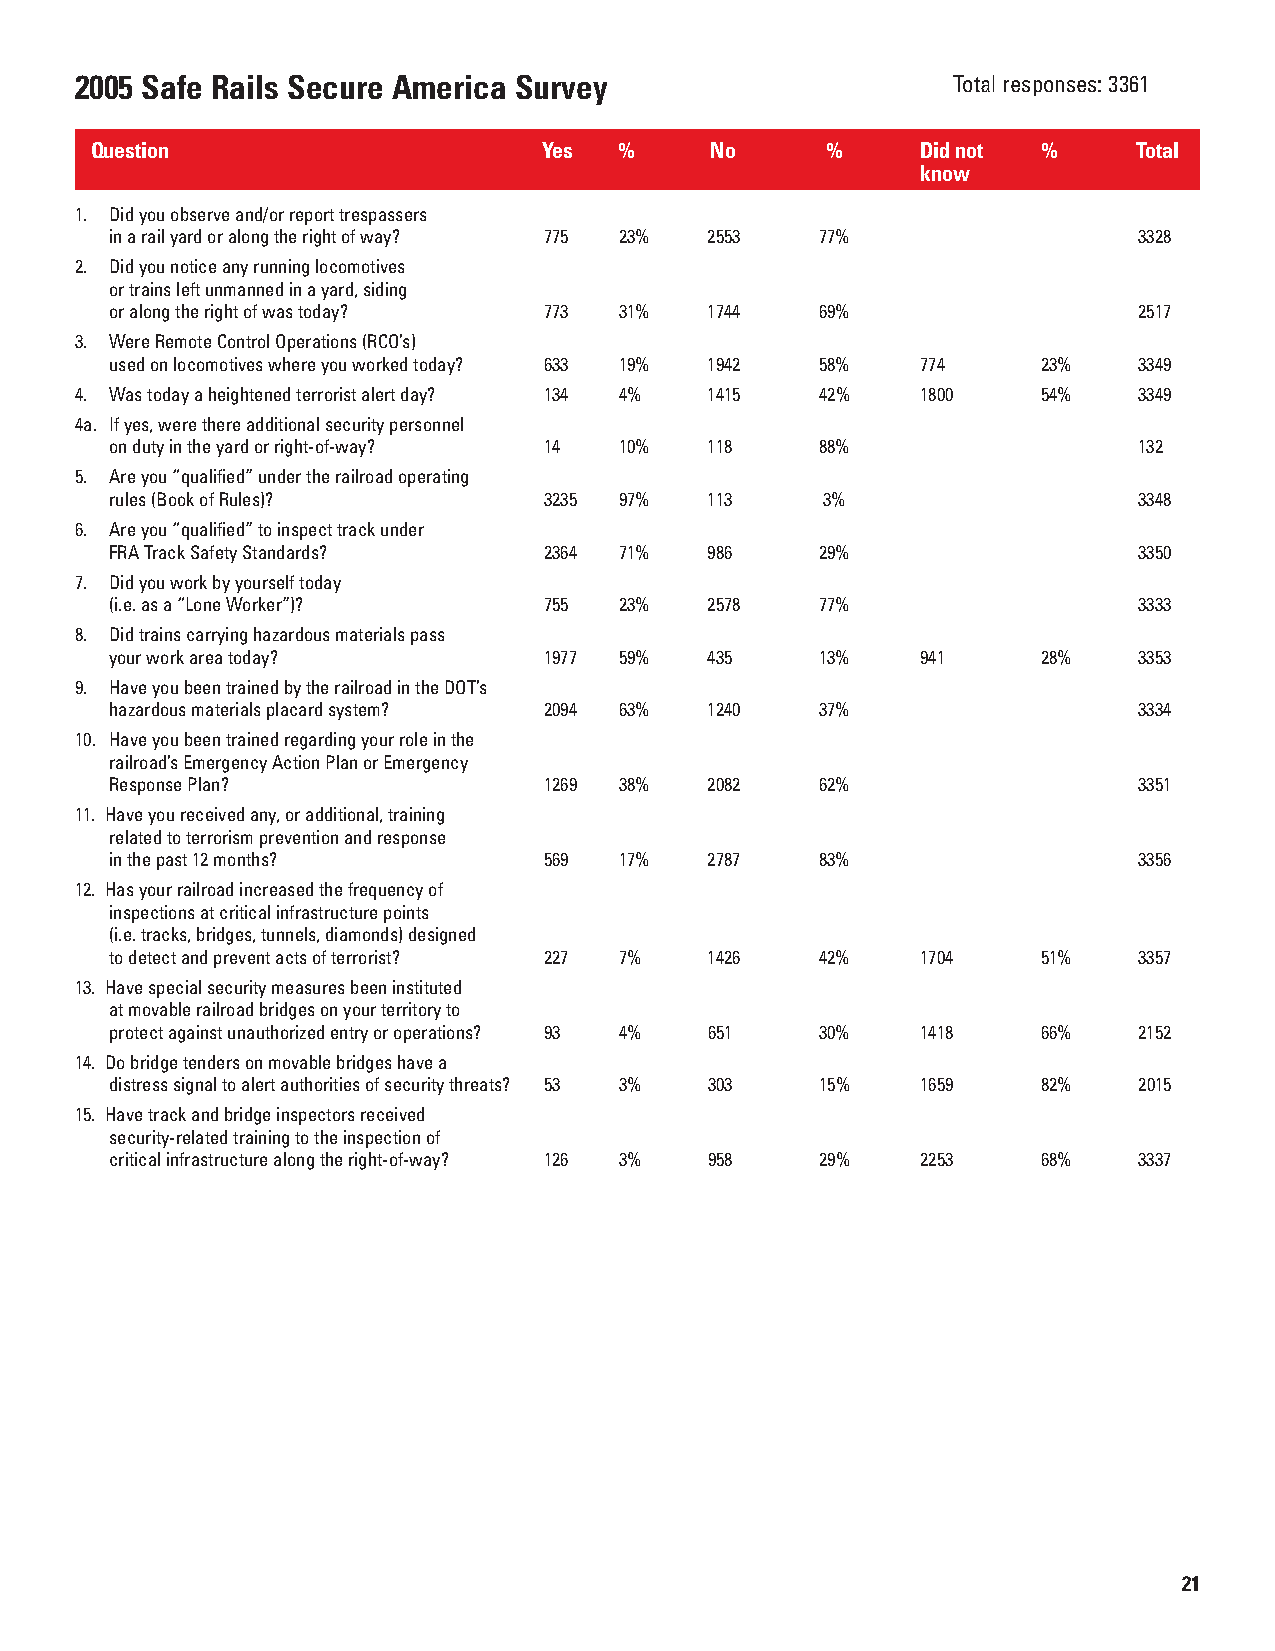
2005 Safe Rails Secure America Survey                     Total responses: 3361
 Question                      Yes  %     No      %     Did not %     Total
 know
 1. Did you observe and/or report trespassers
 inarail yard or along the right of way? 775 23% 2553 77%            3328
 2. Did you notice any running locomotives
 or trains left unmanned in a yard, siding
 oralong the right of was today? 773 31% 1744   69%                  2517
 3. Were Remote Control Operations (RCO’s)
 used on locomotives where you worked today? 633 19% 1942 58% 774 23% 3349
 4. Was today a heightened terrorist alert day? 134 4% 1415 42% 1800 54% 3349
 4a. If yes, were there additional security personnel
 on duty in the yard or right-of-way? 14 10% 118 88%                 132
 5. Are you “qualified” under the railroad operating
 rules (Book of Rules)?       3235 97%   113    3%                   3348
 6. Are you “qualified” to inspect track under
 FRA Track Safety Standards?  2364 71%   986    29%                  3350
 7. Did you work by yourself today
 (i.e. as a “Lone Worker”)?   755  23%   2578   77%                  3333
 8. Did trains carrying hazardous materials pass
 your work area today?        1977 59%   435    13%    941     28%   3353
 9. Have you been trained by the railroad in the DOT’s
 hazardous materials placardsystem? 2094 63% 1240 37%                3334
 10. Have you been trained regarding your role in the
 railroad’sEmergency Action Plan or Emergency
 Response Plan?               1269 38%   2082   62%                  3351
 11. Have you received any, or additional, training
 related to terrorism prevention and response
 in the past 12 months?       569  17%   2787   83%                  3356
 12. Has your railroad increased the frequency of
 inspections at critical infrastructure points
 (i.e. tracks, bridges, tunnels, diamonds) designed
 to detect and prevent acts of terrorist? 227 7% 1426 42% 1704 51%   3357
 13. Have special security measures been instituted
 at movable railroad bridges on your territory to
 protect against unauthorized entry or operations? 93 4% 651 30% 1418 66% 2152
 14. Do bridge tenders on movable bridges have a
 distress signal to alert authorities of security threats? 53 3% 303 15% 1659 82% 2015
 15. Have track and bridge inspectors received
 security-related training to the inspection of
 critical infrastructure along the right-of-way? 126 3% 958 29% 2253 68% 3337
 21